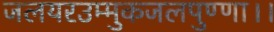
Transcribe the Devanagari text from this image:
जलयरउम्मुकजलपुण्णा।।